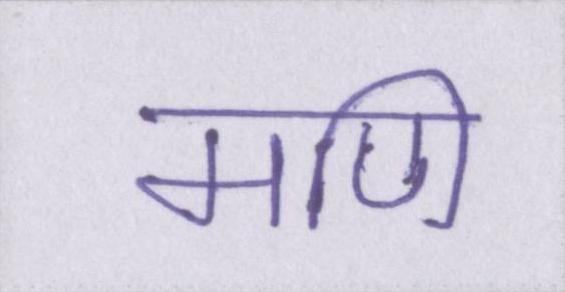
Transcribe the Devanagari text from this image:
मणि